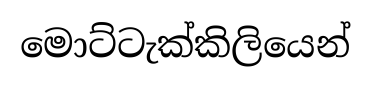
මොට්ටැක්කිලියෙන්